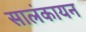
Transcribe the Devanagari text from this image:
सालंकायन